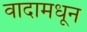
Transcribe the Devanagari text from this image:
वादामधून